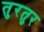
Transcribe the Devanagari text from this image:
तुरतुर